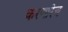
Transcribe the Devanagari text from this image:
करणारेच